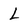
Character: L